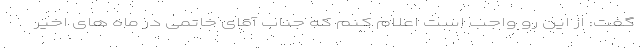
گفت: از این رو واجب است اعلام کنم که جناب آقای خاتمی در ماه های اخیر